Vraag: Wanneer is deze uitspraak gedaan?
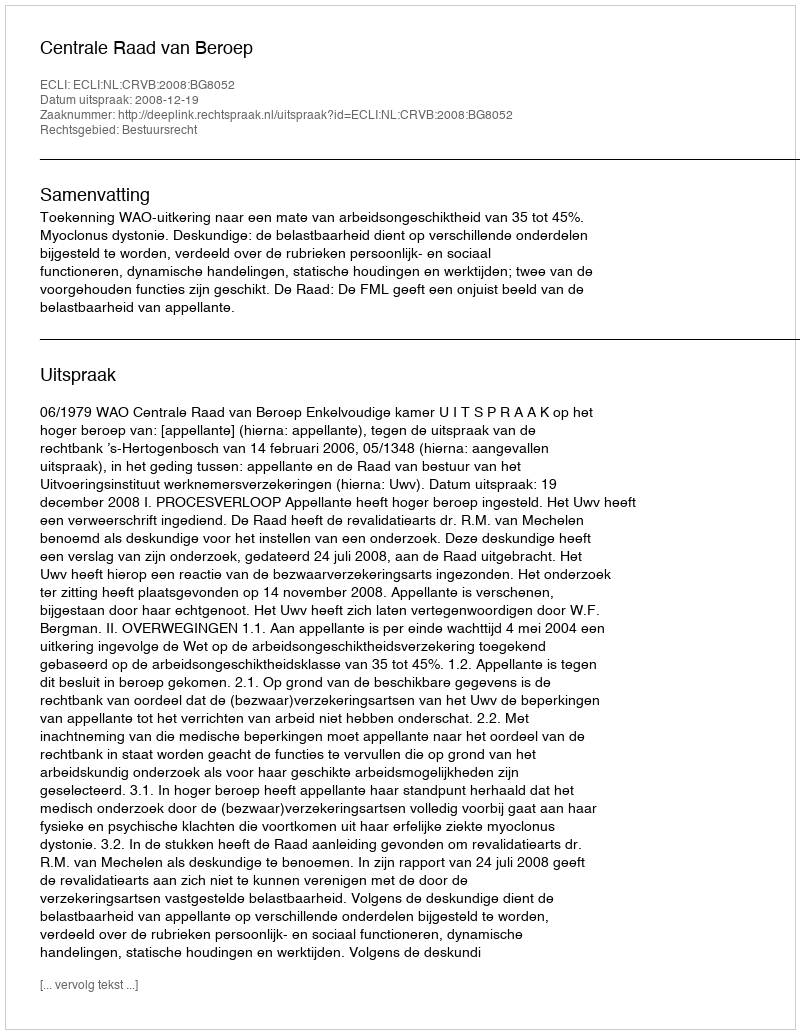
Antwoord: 2008-12-19